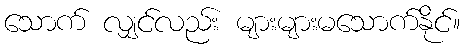
သောက် လျှင်လည်း များများမသောက်နိုင်။